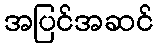
အပြင်အဆင်